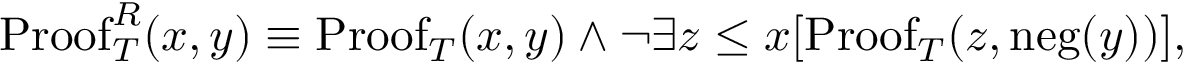
\mathrm { P r o o f } _ { T } ^ { R } ( x , y ) \equiv \mathrm { P r o o f } _ { T } ( x , y ) \land \lnot \exists z \leq x [ \mathrm { P r o o f } _ { T } ( z , \mathrm { n e g } ( y ) ) ] ,